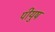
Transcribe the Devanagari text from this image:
पीयुष